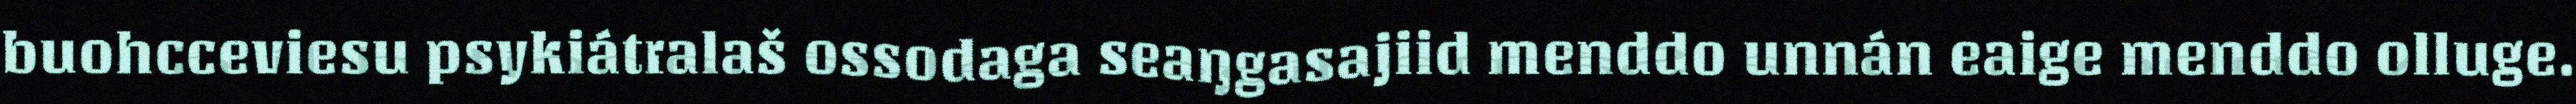
buohcceviesu psykiátralaš ossodaga seaŋgasajiid menddo unnán eaige menddo olluge.